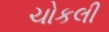
ચોકલી